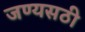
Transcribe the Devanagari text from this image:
जण्यसठी